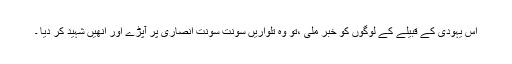
اس یہودی کے قبیلے کے لوگوں کو خبر ملی ،تو وہ تلواریں سونت سونت انصاری پر آپڑے اور انھیں شہید کر دیا ۔